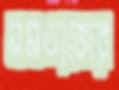
মমতাজের